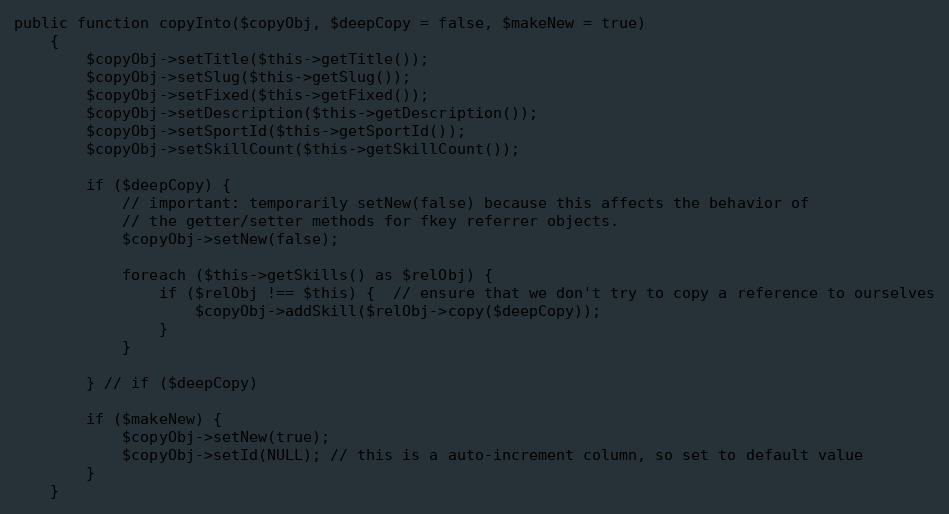
Language: PHP
public function copyInto($copyObj, $deepCopy = false, $makeNew = true)
    {
        $copyObj->setTitle($this->getTitle());
        $copyObj->setSlug($this->getSlug());
        $copyObj->setFixed($this->getFixed());
        $copyObj->setDescription($this->getDescription());
        $copyObj->setSportId($this->getSportId());
        $copyObj->setSkillCount($this->getSkillCount());

        if ($deepCopy) {
            // important: temporarily setNew(false) because this affects the behavior of
            // the getter/setter methods for fkey referrer objects.
            $copyObj->setNew(false);

            foreach ($this->getSkills() as $relObj) {
                if ($relObj !== $this) {  // ensure that we don't try to copy a reference to ourselves
                    $copyObj->addSkill($relObj->copy($deepCopy));
                }
            }

        } // if ($deepCopy)

        if ($makeNew) {
            $copyObj->setNew(true);
            $copyObj->setId(NULL); // this is a auto-increment column, so set to default value
        }
    }